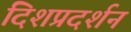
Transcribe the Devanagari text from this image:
दिशप्रदर्शन